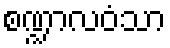
စဏ္ဍာလဝံသာ